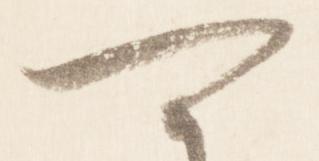
可